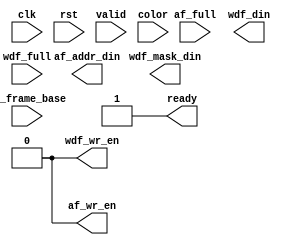
module FrameFiller(//system:
  input             clk,
  input             rst,
  // fill control:
  input             valid,
  input [23:0]      color,
  // ddr2 fifo control:
  input             af_full,
  input             wdf_full,
  // ddr2 fifo outputs:
  output [127:0]    wdf_din,
  output            wdf_wr_en,
  output [30:0]     af_addr_din,
  output            af_wr_en,
  output [15:0]     wdf_mask_din,
  // handshaking:
  output            ready,
  
  input [31:0] FF_frame_base
  );

   //Your code goes here. GL HF DD DS


  // Remove these when you implement the frame filler:

  assign wdf_wr_en = 1'b0;
  assign af_wr_en  = 1'b0;
  assign ready     = 1'b1;





endmodule